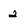
Character: 2